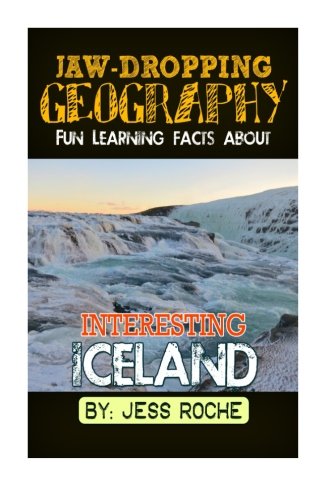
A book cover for Jaw-Dropping Geography: Fun Learning Facts About INTERESTING ICELAND: Illustrated Fun Learning For Kids (Volume 1); Jess Roche; Travel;